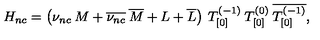
H _ { n c } = \left( \nu _ { n c } \: M + \overline { { \nu _ { n c } } } \: \overline { { M } } + L + \overline { { L } } \right) \: T _ { [ 0 ] } ^ { ( - 1 ) } \: T _ { [ 0 ] } ^ { ( 0 ) } \: \overline { { T _ { [ 0 ] } ^ { ( - 1 ) } } } ,